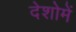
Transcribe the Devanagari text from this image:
देशोमें